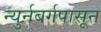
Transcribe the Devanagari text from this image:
न्युर्नबर्गपासून